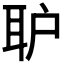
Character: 𱻸